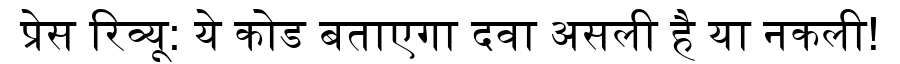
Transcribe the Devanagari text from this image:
प्रेस रिव्यू: ये कोड बताएगा दवा असली है या नकली!